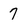
Character: 7